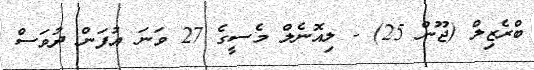
ބްރެޒިލް (ޖޫން 25) - ލިއޮނެލް މެސީގެ 27 ވަނަ އުފަން ދުވަސް